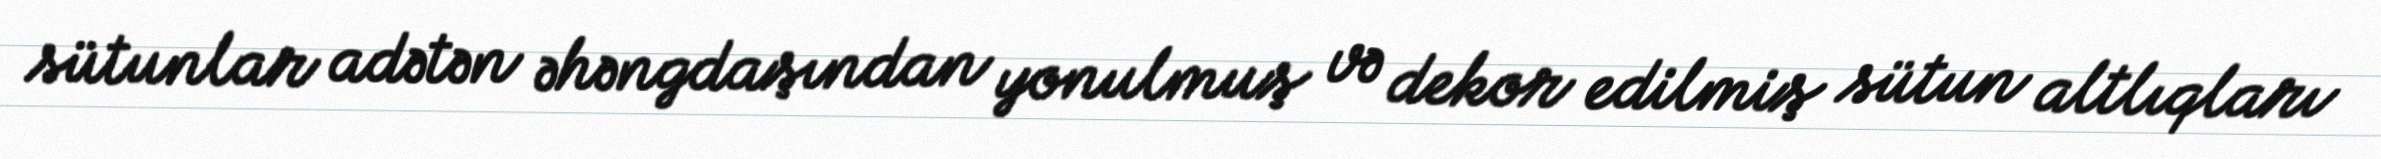
sütunlar adətən əhəngdaşından yonulmuş və dekor edilmiş sütun altlıqları